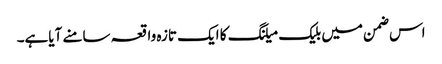
اس ضمن میں بلیک میلنگ کا ایک تازہ واقعہ سامنے آیاہے۔